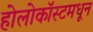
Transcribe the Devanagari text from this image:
होलोकॉस्टमधून